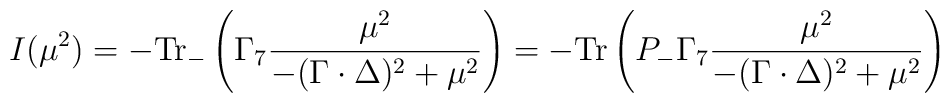
I(\mu^2)=-{\rm Tr}_-\left(\Gamma_7\frac{\mu^2}{-(\Gamma\cdot\Delta)^2+\mu^2}\right)=-{\rm Tr}\left( P_-\Gamma_7\frac{\mu^2}{-(\Gamma\cdot\Delta)^2+\mu^2}\right)